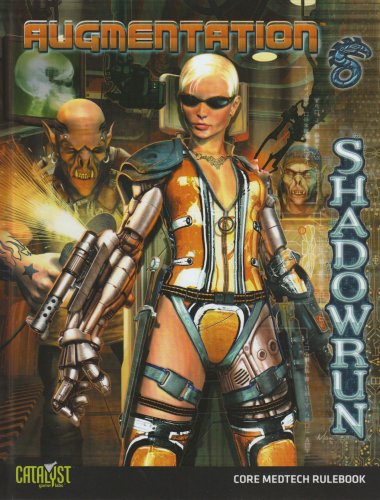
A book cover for Shadowrun Augmentation (Shadowrun (Catalyst Hardcover)); Catalyst Game Labs; Science Fiction & Fantasy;